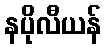
နပိုလီယန်